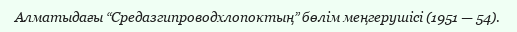
Алматыдағы “Средазгипроводхлопоктың” бөлім меңгерушісі (1951 — 54).